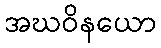
အဃဝိနယော